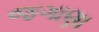
જગાણા